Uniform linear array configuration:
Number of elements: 12
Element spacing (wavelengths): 0.75
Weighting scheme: hann
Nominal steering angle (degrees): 60
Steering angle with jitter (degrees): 61.571
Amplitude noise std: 0.05
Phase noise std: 0.05

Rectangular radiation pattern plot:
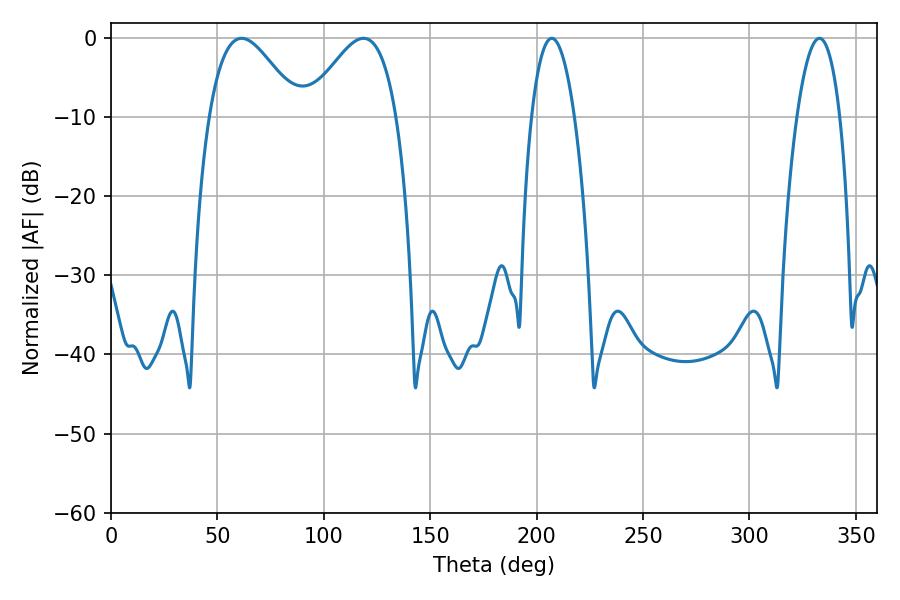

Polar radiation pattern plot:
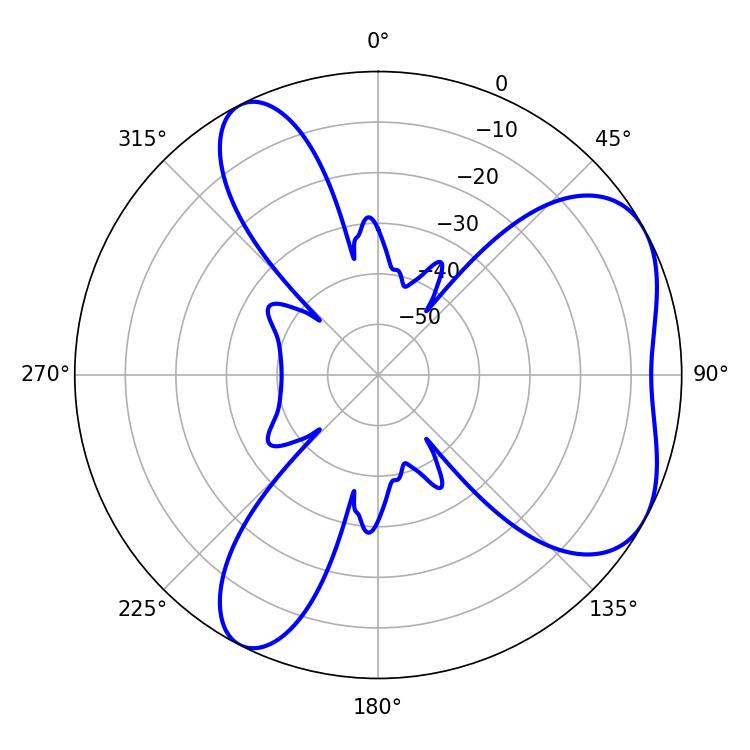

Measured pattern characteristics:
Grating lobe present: TRUE
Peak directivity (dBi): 5.279
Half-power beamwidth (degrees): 22.68
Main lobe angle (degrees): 61.38